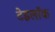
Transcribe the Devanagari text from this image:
टेडलॉक